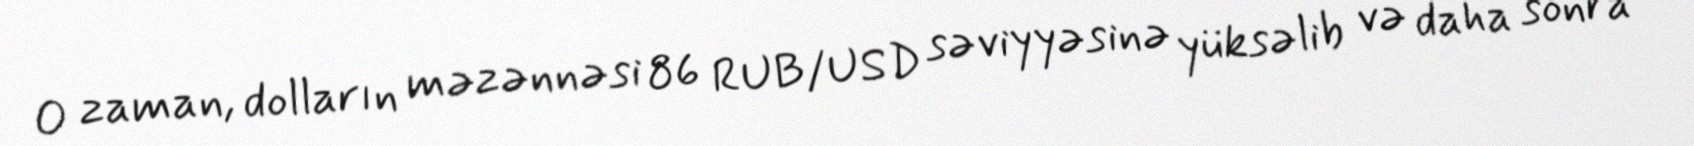
O zaman, dolların məzənnəsi 86 RUB/USD səviyyəsinə yüksəlib və daha sonra